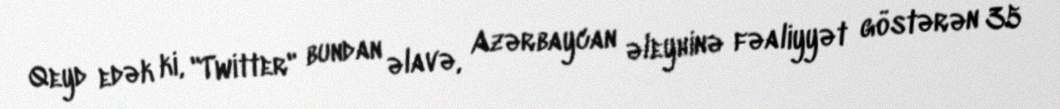
Qeyd edək ki, "Twitter" bundan əlavə, Azərbaycan əleyhinə fəaliyyət göstərən 35